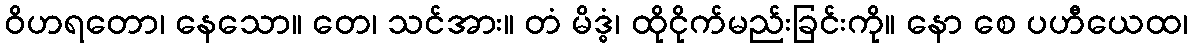
ဝိဟရတော၊ နေသော။ တေ၊ သင်အား။ တံ မိဒ္ဓံ၊ ထိုငိုက်မည်းခြင်းကို။ နော စေ ပဟီယေထ၊